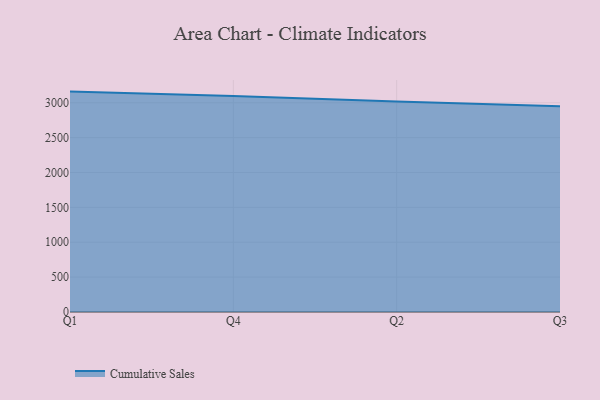
{"axis": {"x": "Quarter", "y": "Humidity (%)"}, "legend": ["Cumulative Sales"], "data": [{"x": "Q1", "y": 3160.0, "type": "Cumulative Sales"}, {"x": "Q4", "y": 3097.8, "type": "Cumulative Sales"}, {"x": "Q2", "y": 3016.7, "type": "Cumulative Sales"}, {"x": "Q3", "y": 2951.4, "type": "Cumulative Sales"}]}